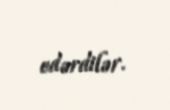
edərdilər.